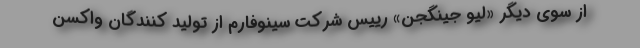
از سوی دیگر «لیو جینگجن» رییس شرکت سینوفارم از تولید کنندگان واکسن